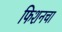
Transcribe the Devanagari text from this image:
फिशनचा